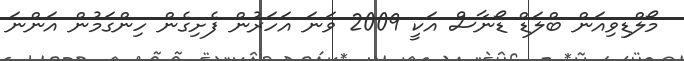
މޯލްޑިވިއަން ބްލަޑް ޑޯނާސް އަކީ 2009 ވަނަ އަހަރުން ފެށިގެން ހިންގަމުން އަންނަ